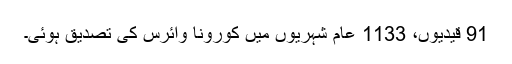
91 قیدیوں، 1133 عام شہریوں میں کورونا وائرس کی تصدیق ہوئی۔